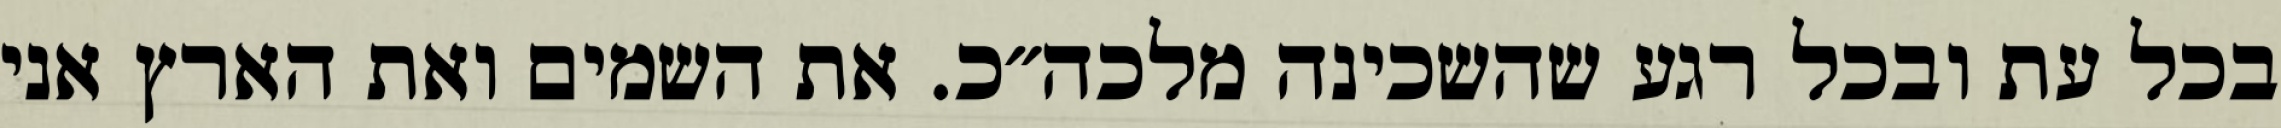
בכל עת ובכל רגע שהשכינה מלכה״כ. את השמים ואת הארץ אני